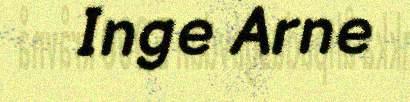
Inge Arne